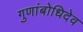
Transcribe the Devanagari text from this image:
गुणांबोधिदेव